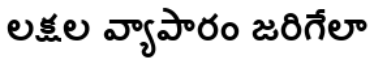
లక్షల వ్యాపారం జరిగేలా